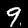
Digit: 9